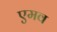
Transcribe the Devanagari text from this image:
एमव